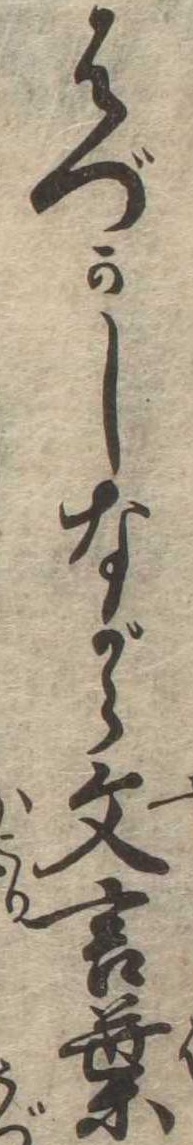
はづかしながら文言葉